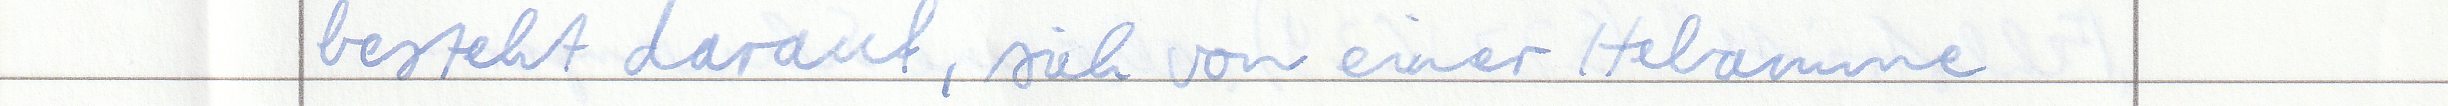
besteht darauf, sich von einer Hebamme